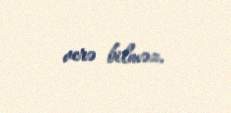
verə bilməz.